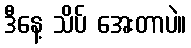
ဒီနေ့ သိပ် အေးတာပဲ။